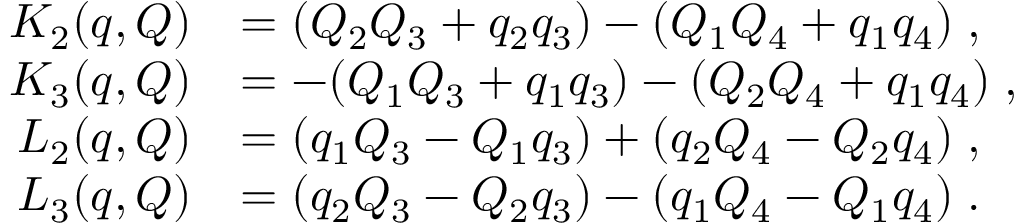
\begin{array} { r l } { K _ { 2 } ( q , Q ) } & { = ( Q _ { 2 } Q _ { 3 } + q _ { 2 } q _ { 3 } ) - ( Q _ { 1 } Q _ { 4 } + q _ { 1 } q _ { 4 } ) \; , } \\ { K _ { 3 } ( q , Q ) } & { = - ( Q _ { 1 } Q _ { 3 } + q _ { 1 } q _ { 3 } ) - ( Q _ { 2 } Q _ { 4 } + q _ { 1 } q _ { 4 } ) \; , } \\ { L _ { 2 } ( q , Q ) } & { = ( q _ { 1 } Q _ { 3 } - Q _ { 1 } q _ { 3 } ) + ( q _ { 2 } Q _ { 4 } - Q _ { 2 } q _ { 4 } ) \; , } \\ { L _ { 3 } ( q , Q ) } & { = ( q _ { 2 } Q _ { 3 } - Q _ { 2 } q _ { 3 } ) - ( q _ { 1 } Q _ { 4 } - Q _ { 1 } q _ { 4 } ) \; . } \end{array}